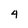
Character: 4